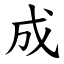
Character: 成